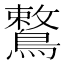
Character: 鷘